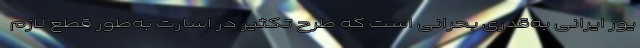
یوز ایرانی به‌قدری بحرانی است که طرح تکثیر در اسارت به‌طور قطع لازم